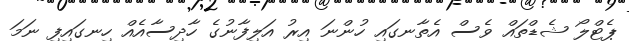
ޕެޓްލޯ ޝެޑްތައް ވެސް އެތާނގައި ހުންނަ އިރު އަލިފާނުގެ ހާދިސާއެއް ހިނގައިފި ނަމަ